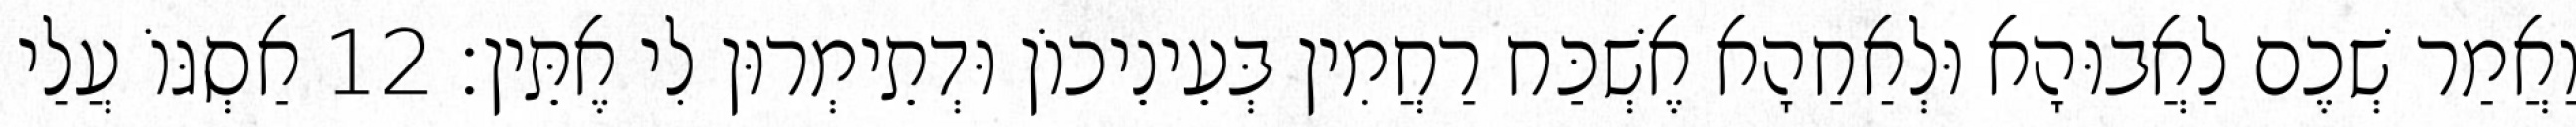
וַאֲמַר שְׁכֶם לַאֲבוּהָא וּלְאַחַהָא אֶשְׁכַּח רַחֲמִין בְּעֵינֵיכוֹן וּדְתֵימְרוּן לִי אֶתֵּין׃ 12 אַסְגּוֹ עֲלַי